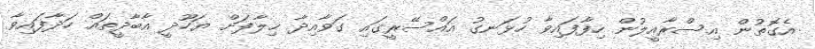
އެގޮތުން އިސްރާއީލުން ހިފާފައިވާ ހުޅަނގު އައްސޭރީގައި ގަވާއިދާ ޚިލާފަށް ޔަހޫދީ އާބާދީތައް ހަދާފައިވާ